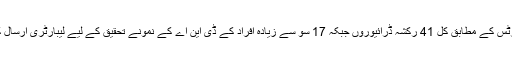
میڈیا رپورٹس کے مطابق کل 41 رکشہ ڈرائیوروں جبکہ 17 سو سے زیادہ افراد کے ڈی این اے کے نمونے تحقیق کے لیے لیبارٹری ارسال کیے گئے۔